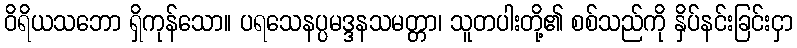
ဝိရိယသဘော ရှိကုန်သော။ ပရသေနပ္ပမဒ္ဒနသမတ္တာ၊ သူတပါးတို့၏ စစ်သည်ကို နှိပ်နင်းခြင်းငှာ